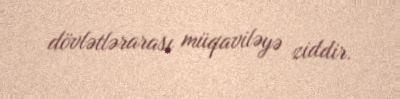
dövlətlərarası müqaviləyə ziddir.